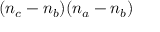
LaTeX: ( n _ { c } - n _ { b } ) ( n _ { a } - n _ { b } )